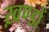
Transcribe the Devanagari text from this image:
ख़ण्डों